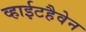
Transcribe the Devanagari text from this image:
व्हाईटहैवेन